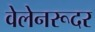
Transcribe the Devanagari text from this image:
वेलेनरूदर